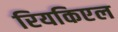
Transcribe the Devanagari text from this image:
रियकिएल